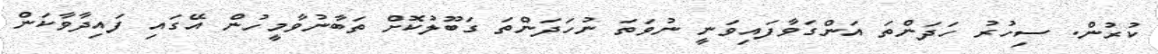
ކުރުން. ސިހުރު ހަދަންތަ އަންގަވާފައިވަނީ ނުވަތަ ނުހަދަންތަ ގަބޫލުކޮށް ތަބާނުވާމީހުން އޭގައި ފައިދާވާކަން